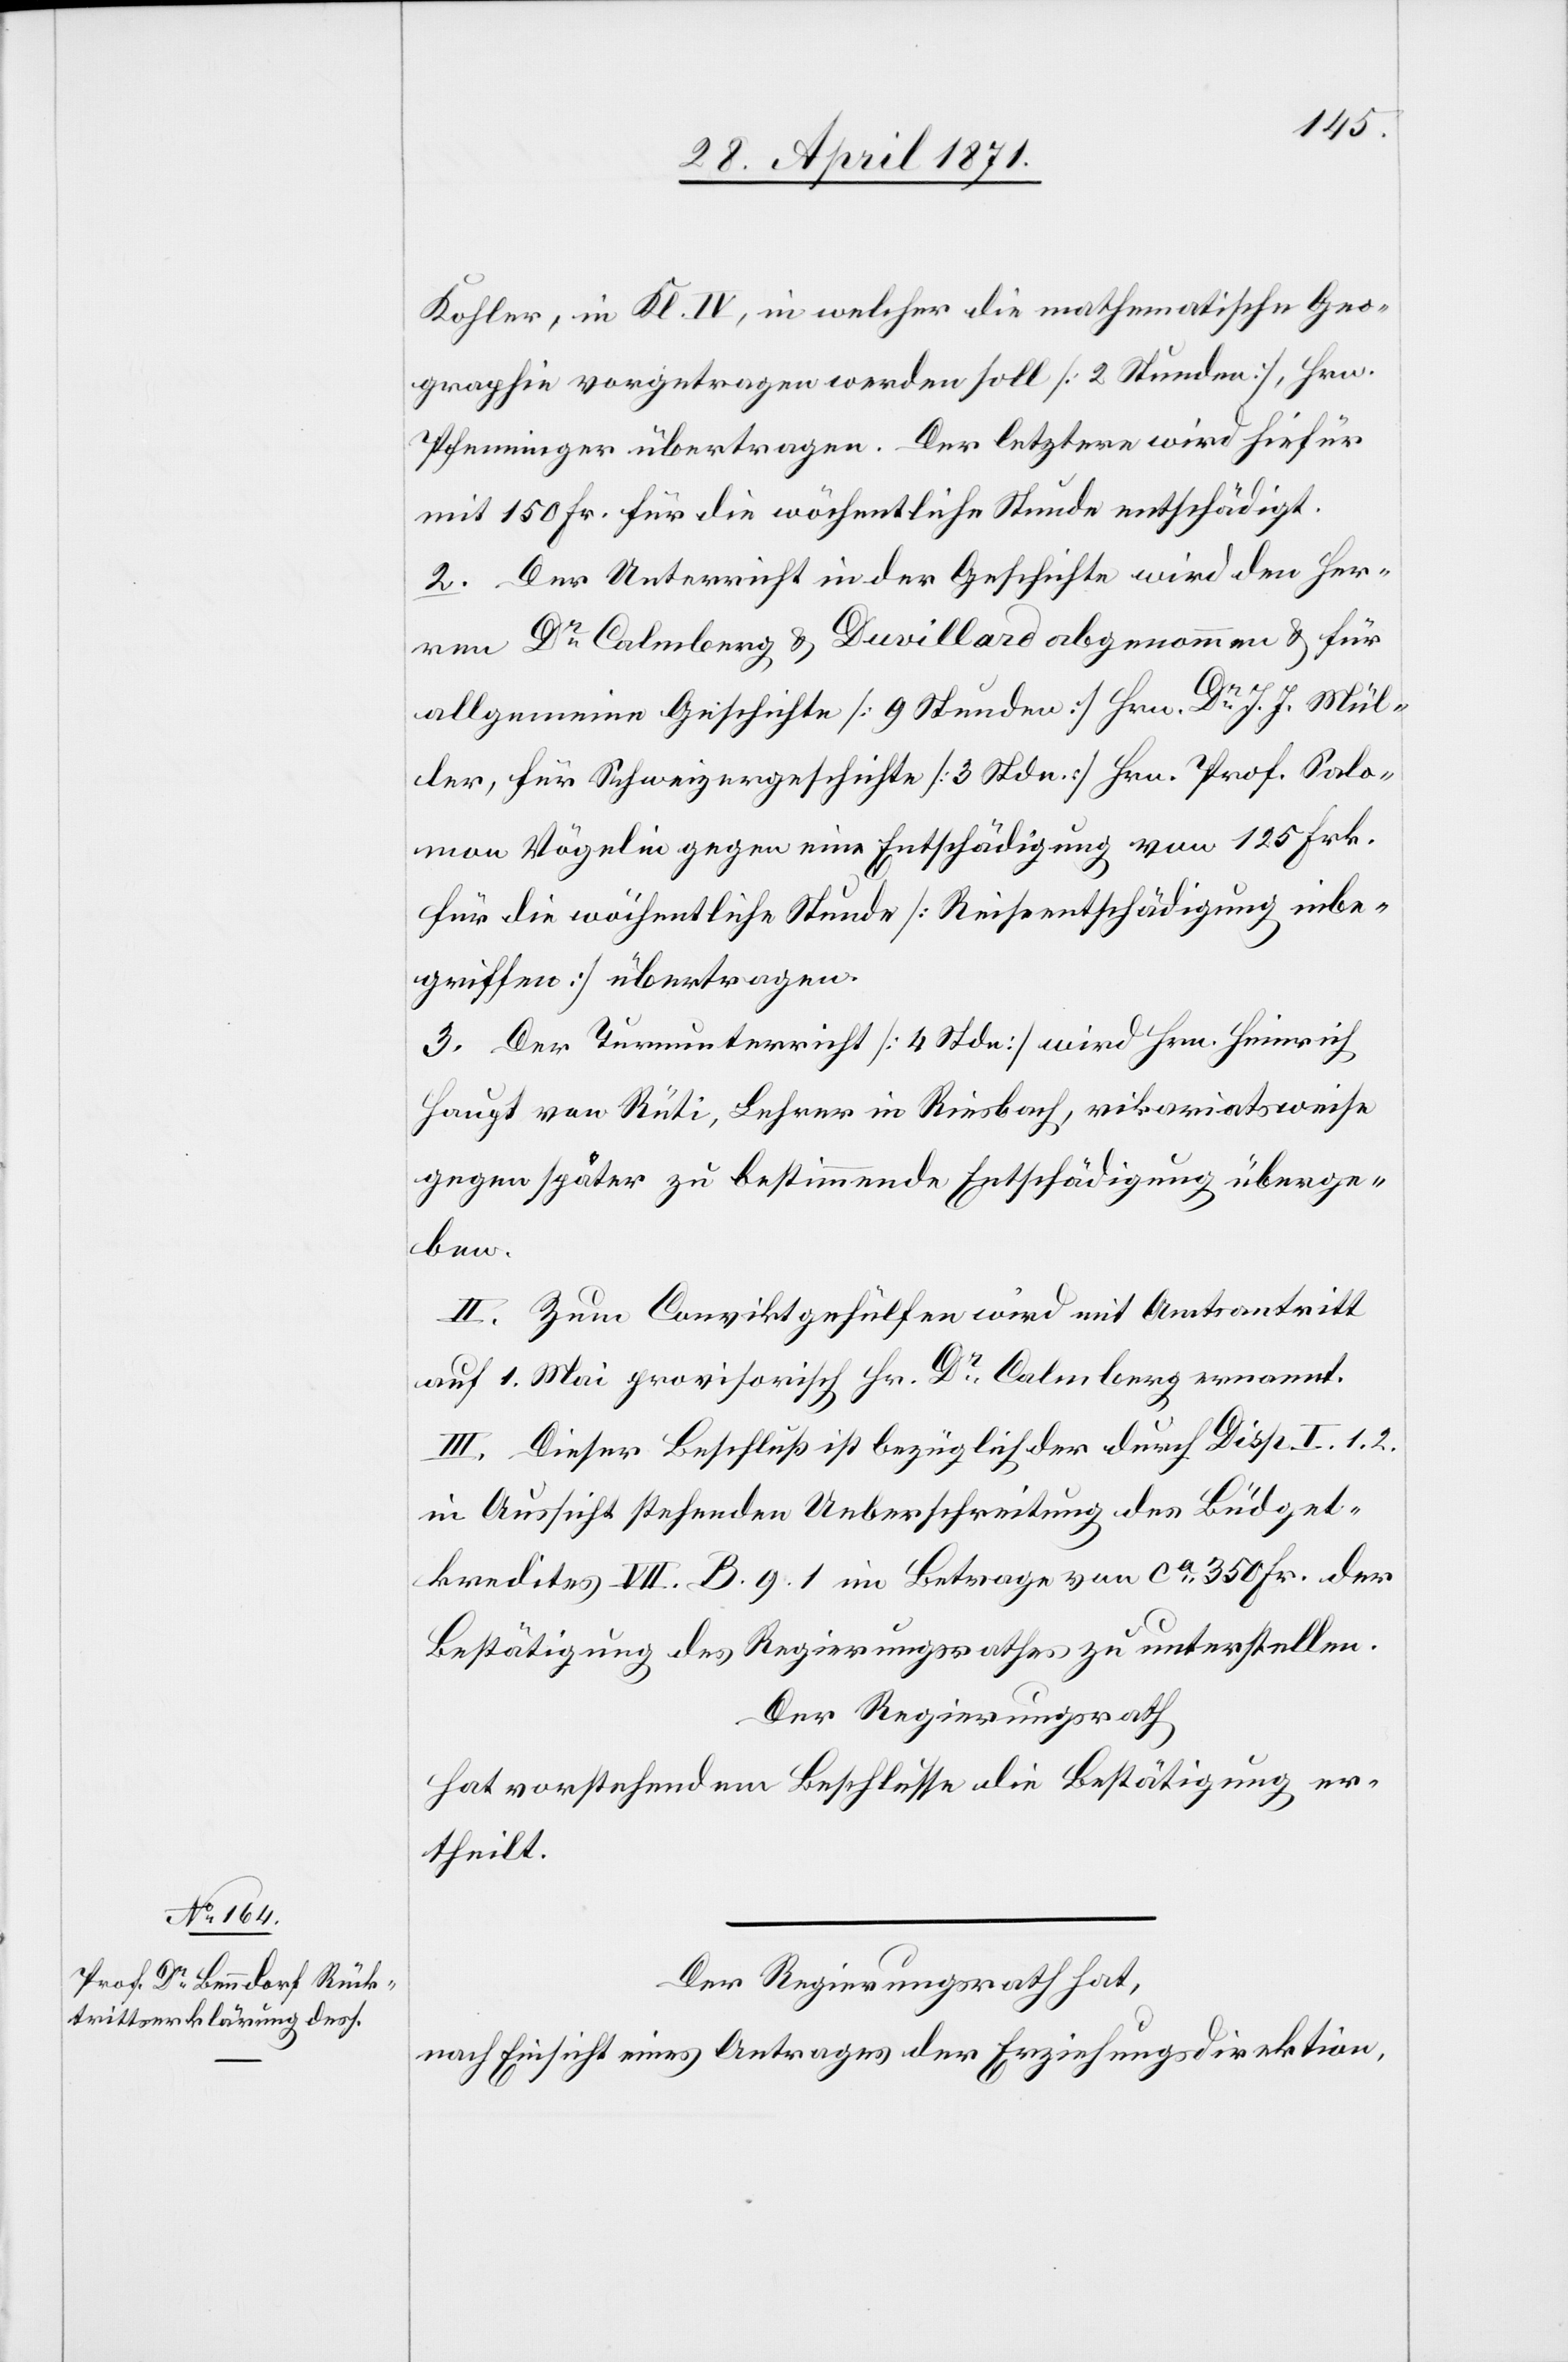
Kohler, in Kl. IV, in welcher die mathematische Geo¬
graphie vorgetragen werden soll [2 Stunden], Hrn.
Pfenninger übertragen. Der letztere wird hiefür
mit 150 Fr. für die wöchentliche Stunde entschädigt.
2. Der Unterricht in der Geschichte wird den Her¬
ren Dr. Calmberg u. Duvillard abgenommen u. für
allgemeine Geschichte [9 Stunden] Hrn. Dr. J. J. Mül¬
ler, für Schweizergeschichte [3 Stunden] Hrn. Prof. Salo¬
mon Vögelin gegen eine Entschädigung von 125 Frk.
für die wöchentliche Stunde [Reiseentschädigung inbe¬
griffen] übertragen.
3. Der Turnunterricht [4 Stdn.] wird Hrn. Heinrich
Haupt von Rüti, Lehrer in Riesbach, vikariatsweise
gegen später zu bestimmende Entschädigung überge¬
ben.
II. Zum Conviktgehülfen wird mit Amtsantritt
auf 1. Mai provisorisch Hr. Dr. Calmberg ernannt.
III. Dieser Beschluß ist bezüglich der durch Disp. I. 1.2.
in Aussicht stehenden Ueberschreitung des Büdget¬
kredites VII. B. 9.1 im Betrage von ca. 350 Fr. der
Bestätigung des Regierungsrathes zu unterstellen.
Der Regierungsrath
hat vorstehendem Beschlusse die Bestätigung er¬
theilt.
Der Regierungsrath hat,
nach Einsicht eines Antrages der Erziehungsdirektion,